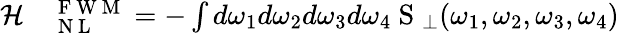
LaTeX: \begin{array}{rl}{\mathcal{H}}&{{}_\mathrm{~N~L~}^{\mathrm{~F~W~M~}}=-\int d\omega_{1}d\omega_{2}d\omega_{3}d\omega_{4}\mathrm{~S~}_{\perp}(\omega_{1},\omega_{2},\omega_{3},\omega_{4})}\end{array}